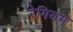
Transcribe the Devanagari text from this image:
रेगियम